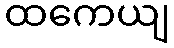
ထကေယျ